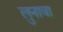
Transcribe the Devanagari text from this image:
लुनावा